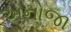
અનોજા